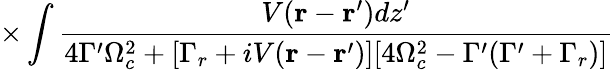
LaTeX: \times\int\frac{V(\mathbf{r}-\mathbf{r^{\prime}})d{z^{\prime}}}{4\Gamma^{\prime}\Omega_{c}^{2}+[\Gamma_{r}+iV(\mathbf{r}-\mathbf{r^{\prime}})][4\Omega_{c}^{2}-\Gamma^{\prime}(\Gamma^{\prime}+\Gamma_{r})]}